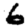
Digit: 6